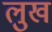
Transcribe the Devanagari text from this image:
लुख